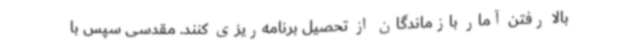
بالا رفتن آمار بازماندگان از تحصیل برنامه‌ریزی کنند. مقدسی سپس با